Lunatic asylums United Provinces 1899-1908 - 1899-1908
Year: 1899
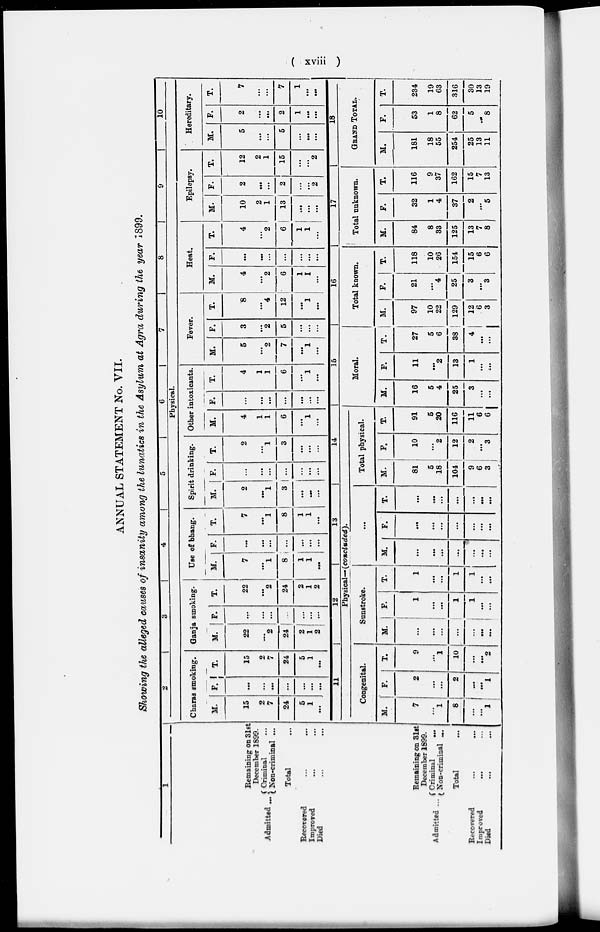
(xviii)
ANNUAL STATEMENT No. VII.
Showing the alleged causes of insanity among the lunatics in the Asylum at Agra during the year 1899.
1
Remaining on 31st
December 1899.
Admitted ... Criminal
...
Non-criminal ...
Total ...
Recovered ... ...
Improved ... ...
Died ... ...
2
3
4
5
6
7
8
9
10
Physical.
Charas smoking.
M.
15
2
7
24
5
1
...
F.
...
...
...
...
...
...
...
T.
15
2
7
24
5
1
...
Ganja smoking.
M.
22
...
2
24
2
1
2
F.
...
...
...
...
...
...
...
T.
22
...
2
24
2
1
2
Use of bhang.
M.
7
...
1
8
1
1
...
F.
...
...
...
...
...
...
...
T.
7
...
1
8
1
1
...
Spirit drinking.
M.
2
...
1
3
...
...
...
F.
...
...
...
...
...
...
...
T.
2
...
1
3
...
...
...
Other intoxicants.
M.
4
1
1
6
...
1
...
F.
...
...
...
...
...
...
...
T.
4
1
1
6
...
1
...
Fever.
M.
5
...
2
7
...
1
...
F.
3
...
2
5
...
...
...
T.
8
...
4
12
...
1
...
Heat.
M.
4
...
2
6
1
1
...
F.
...
...
...
...
...
...
...
T.
4
...
2
6
1
1
...
Epilepsy.
M.
10
2
1
13
...
...
...
F.
2
...
...
2
...
...
2
T.
12
2
1
15
...
...
2
Hereditary.
M.
5
...
...
5
...
...
...
F.
2
...
...
2
1
...
...
T.
7
...
...
7
1
...
...
Remaining on 31st
December 1899.
Admitted ... Criminal
...
Non-criminal ...
Total ...
Recovered
...
...
Improved
...
...
Died
...
...
11
12
13
14
Physical— (concluded).
Congenital.
M.
7
...
1
8
...
... 1
F.
2
...
...
2
...
...
1
T.
9
...
1
10
...
2
Sunstroke.
M.
...
...
...
...
...
...
...
F
1
...
...
1
1
...
...
T.
1
...
...
1
1
...
...
...
M.
...
...
...
...
...
...
...
F.
...
...
...
...
...
...
...
T.
...
...
...
...
...
...
...
Total physical.
M.
81
5
18
104
9
6
3
F.
10
...
2
12
2
...
3
T.
91
5
20
116
11
6
6
15
Moral.
M.
16
5
4
25
3
...
...
F.
11
...
2
13
1
...
...
T.
27
5
6
38
4
...
...
16
Total known.
M.
97
10
22
129
12
6
3
F.
21
...
4
25
3
...
3
T.
118
10
26
154
15
6
6
17
Total unknown.
M.
84
8
33
125
13
7
8
F.
32
1
4
37
2
...
5
T.
116
9
37
162
15
7
13
18
GRAND TOTAL.
M.
181
18
55
254
25
13
11
F.
53
1
8
62
5
...
8
T.
234
19
63
316
30
13
19